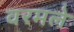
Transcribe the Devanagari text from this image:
वरमले